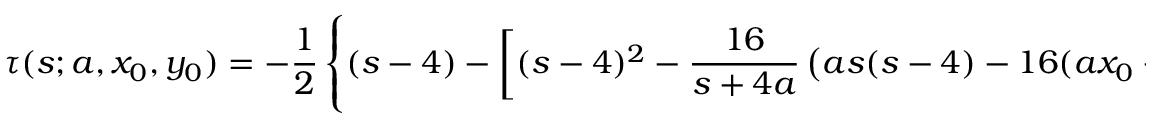
\tau ( s ; a , x _ { 0 } , y _ { 0 } ) = - { \frac { 1 } { 2 } } \left\{ ( s - 4 ) - \left[ ( s - 4 ) ^ { 2 } - { \frac { 1 6 } { s + 4 a } } \left( a s ( s - 4 ) - 1 6 ( a x _ { 0 } - y _ { 0 } ) \right) \right] ^ { \frac { 1 } { 2 } } \right\} .